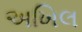
અખિલ